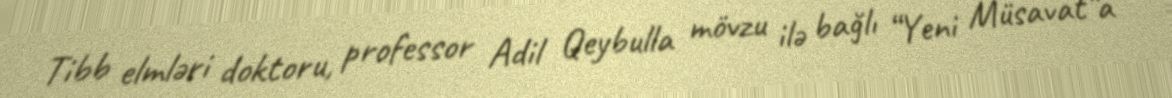
Tibb elmləri doktoru, professor Adil Qeybulla mövzu ilə bağlı “Yeni Müsavat”a